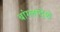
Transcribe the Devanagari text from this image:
बांग्लादेशे